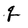
Character: q